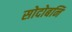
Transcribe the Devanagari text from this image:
सोदोबनि